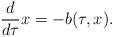
LaTeX: \begin{align*}\frac{d}{d \tau} x=-b(\tau, x).\end{align*}